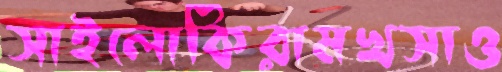
সাইলোকিরামখসাও